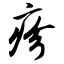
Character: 疹